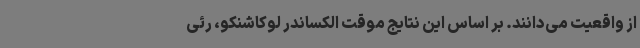
از واقعیت می‌دانند. بر اساس این نتایج موقت الکساندر لوکاشنکو، رئی